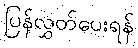
ပြန်လွှတ်ပေးရန်